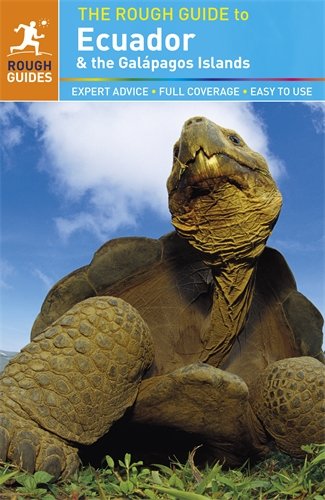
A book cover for The Rough Guide to Ecuador; Melissa Graham; Travel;